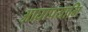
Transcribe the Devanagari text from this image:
आघ्रापयामि